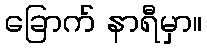
ခြောက် နာရီမှာ။